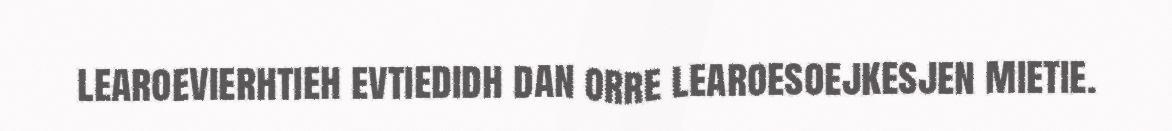
learoevierhtieh evtiedidh dan orre learoesoejkesjen mietie.